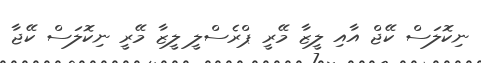
ނިކޮލަސް ކޭޖް އާއި ލީޒާ މޭރީ ޕްރެސްލީ ލީޒާ މޭރީ ނިކޮލަސް ކޭޖާ